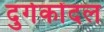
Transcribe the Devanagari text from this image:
दुर्गकोंदल